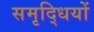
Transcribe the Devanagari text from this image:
समृद्धियों